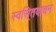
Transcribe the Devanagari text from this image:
स्वसि्तवाचन